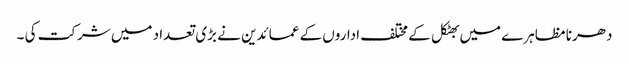
دھرنا مظاہرے میں بھٹکل کے مختلف اداروں کے عمائدین نے بڑی تعداد میں شرکت کی ۔